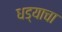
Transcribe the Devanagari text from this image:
धड्याचा